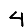
Digit: 4